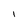
Character: 1